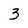
Character: 3